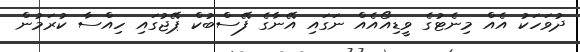
ދުވަހަކު އެއް މިނެޓުގެ ވީޑިއޯއެއް ނަގައި އޭނާގެ ފޭސްބުކް ޕޭޖުގައި ހިއްސާ ކުރަމުން